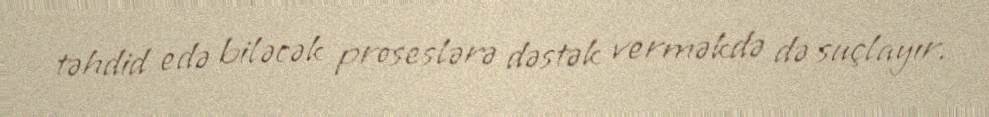
təhdid edə biləcək proseslərə dəstək verməkdə də suçlayır.